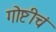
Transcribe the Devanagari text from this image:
गोष्टीचं